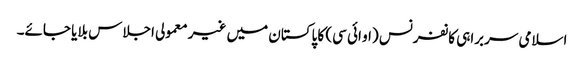
اسلامی سربراہی کانفرنس (او ائی سی) کا پاکستان میں غیر معمولی اجلاس بلایا جائے۔